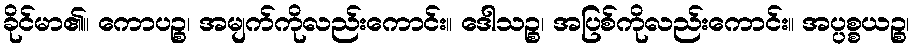
ခိုင်မာ၏။ ကောပဉ္စ၊ အမျက်ကိုလည်းကောင်း။ ဒေါသဉ္စ၊ အပြစ်ကိုလည်းကောင်း။ အပ္ပစ္စယဉ္စ၊